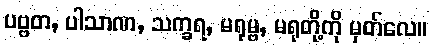
ပဗ္ဗတ, ပါသာဏ, သက္ခရ, မရုမ္ဗ, မရုတို့ကို မှတ်လေ။